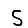
Digit: 5